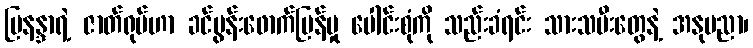
မြနန္ဒာရဲ့ ဇာတ်ရုပ်ဟာ ခင်ပွန်းဖောက်ပြန်မှု ပေါင်းစုံကို သည်းခံရင်း သားသမီးတွေနဲ့ အနုပညာ၊